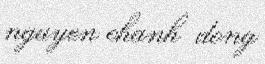
nguyen chanh dong